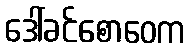
ဒေါ်ခင်စောဝေက